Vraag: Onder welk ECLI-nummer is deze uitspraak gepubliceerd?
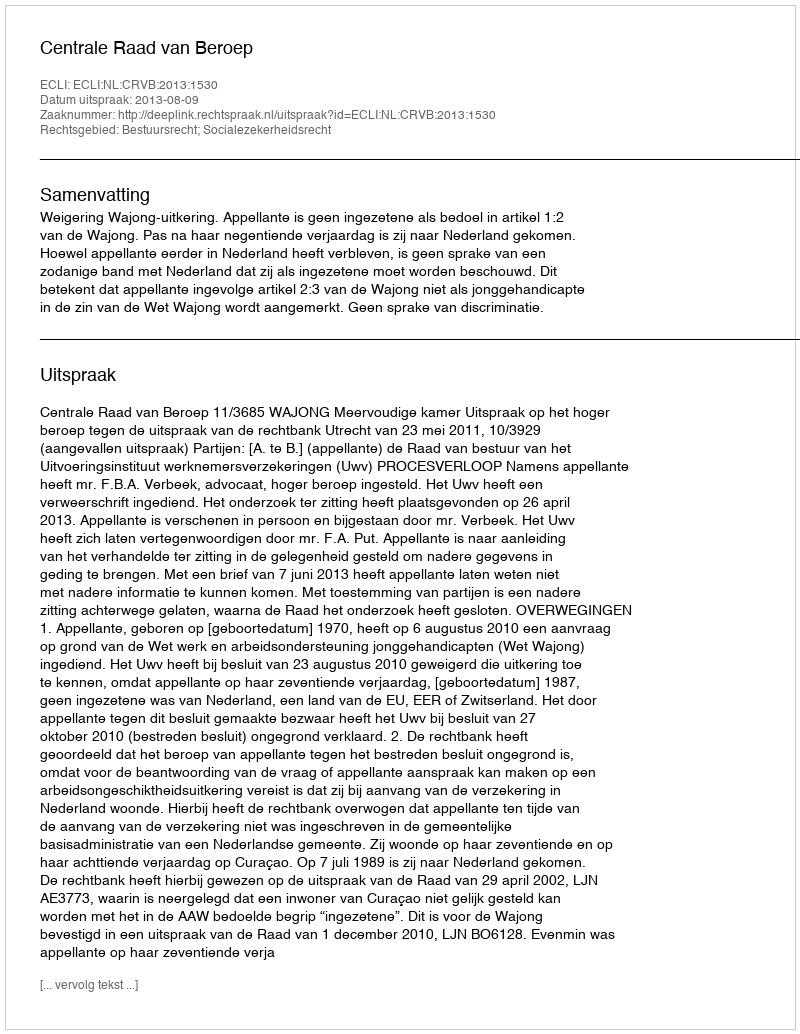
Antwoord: ECLI:NL:CRVB:2013:1530